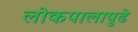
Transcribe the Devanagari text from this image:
लोकपालापुढे